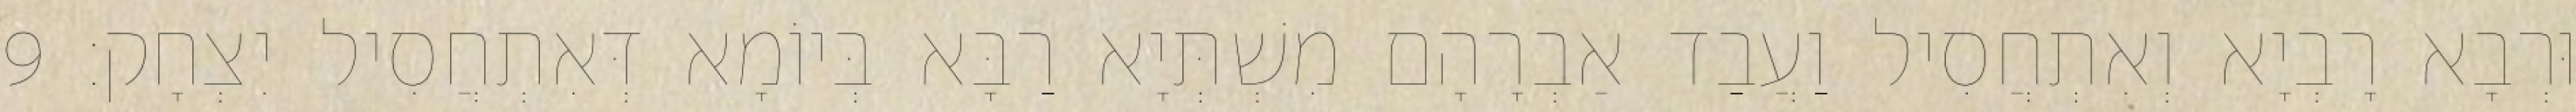
וּרְבָא רָבְיָא וְאִתְחֲסִיל וַעֲבַד אַבְרָהָם מִשְׁתְּיָא רַבָּא בְּיוֹמָא דְּאִתְחֲסִיל יִצְחָק׃ 9